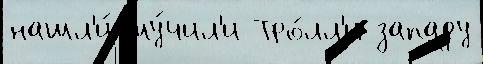
нашл'и́ му́чил'и Тро́лл'и западу